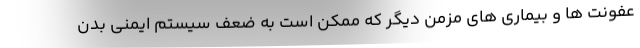
عفونت ها و بیماری های مزمن دیگر که ممکن است به ضعف سیستم ایمنی بدن